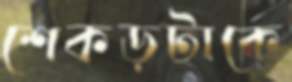
শেকড়টাকে